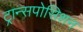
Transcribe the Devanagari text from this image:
ट्रान्सपोसिशन